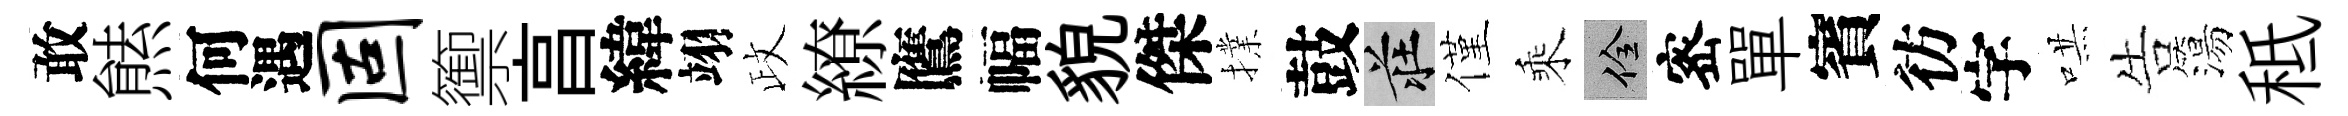
敢㷱何遇固籞亯緯翊政繚鷹幅貌傑擈鼓莊僅乘佺宻單賓彷字哄告簜秪